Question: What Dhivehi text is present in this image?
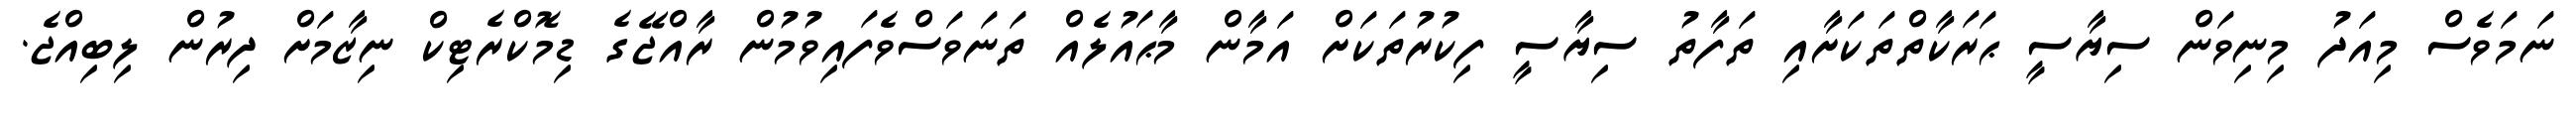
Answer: ނަމަވެސް މިއަދު މިނިވަން ސިޔާސީ ޙަރަކާތްތަކަށާއި ތަފާތު ސިޔާސީ ފިކުރުތަކަށް އަމާން މާޙައުލެއް ތަނަވަސްވެފައިވުމުން ރާއްޖޭގެ ޑިމޮކްރެޓިކް ނިޒާމަށް ދިރުން ލިބިއްޖެ.